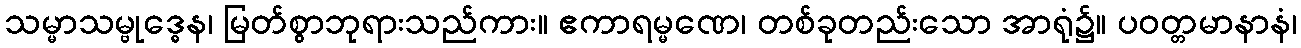
သမ္မာသမ္ဗုဒ္ဓေန၊ မြတ်စွာဘုရားသည်ကား။ ဧကာရမ္မဏေ၊ တစ်ခုတည်းသော အာရုံ၌။ ပဝတ္တမာနာနံ၊